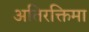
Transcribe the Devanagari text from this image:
अतिरक्तिमा